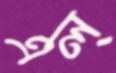
এল্